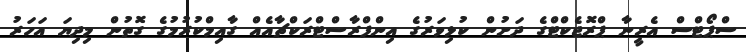
ސްޕޯޓްސް އެރީނާ ޕްރޮޖެކްޓްގެ ދަށުން ކުޅިވަރުގެ އިންފްރާސްޓްރަކްޗާއެއް ގާއިމްކުރުމުގެ ގޮތުން މިދިޔަ އަހަރު